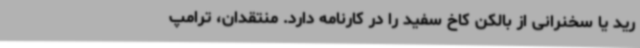
رید یا سخنرانی از بالکن کاخ سفید را در کارنامه دارد. منتقدان، ترامپ